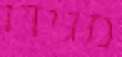
מגידו